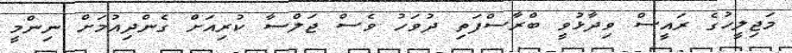
މަޖިލީހުގެ ރައީސް ވިދާޅުވީ ބްރާސްފަތި ދުވަހު ވެސް ޖަލްސާ ކުރިއަށް ގެންދިއުމަށް ނިންމީ